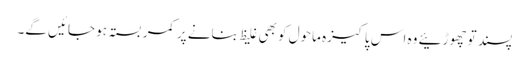
پسند تو چھوڑئیے وہ اس پاکیزہ ماحول کو بھی غلیظ بنانے پر کمر بستہ ہو جائیں گے۔